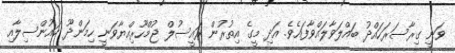
ވަނީ ގިރާސަރަހައްދު ބައްލަވާލައްވާފައެވެ. އަދި މީގެ އިތުރުން ރައީސުލް ޖުމްހޫރިއްޔާވަނީ ހިމަންދޫ ކައުންސިލާއި